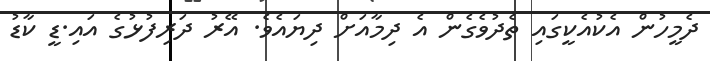
ދެމީހުން އެކުއެކީގައި ތެދުވެގެން އެ ދިމާއަށް ދިޔައެވެ. އޭރު ދަރިފުޅުގެ އައި.ޑީ ކާޑު